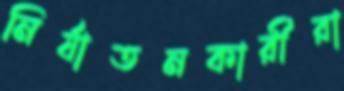
নির্যাতনকারীরা